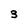
Character: 3